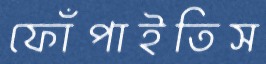
ফোঁপাইতিস